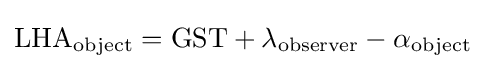
{\text{LHA}}_{\text{object}}={\text{GST}}+\lambda _{\text{observer}}-\alpha _{\text{object}}